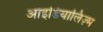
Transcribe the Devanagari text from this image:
आइडियालिज़्म